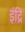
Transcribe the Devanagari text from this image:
इंद्रि